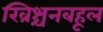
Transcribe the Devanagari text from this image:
ख्रिश्चनबहूल